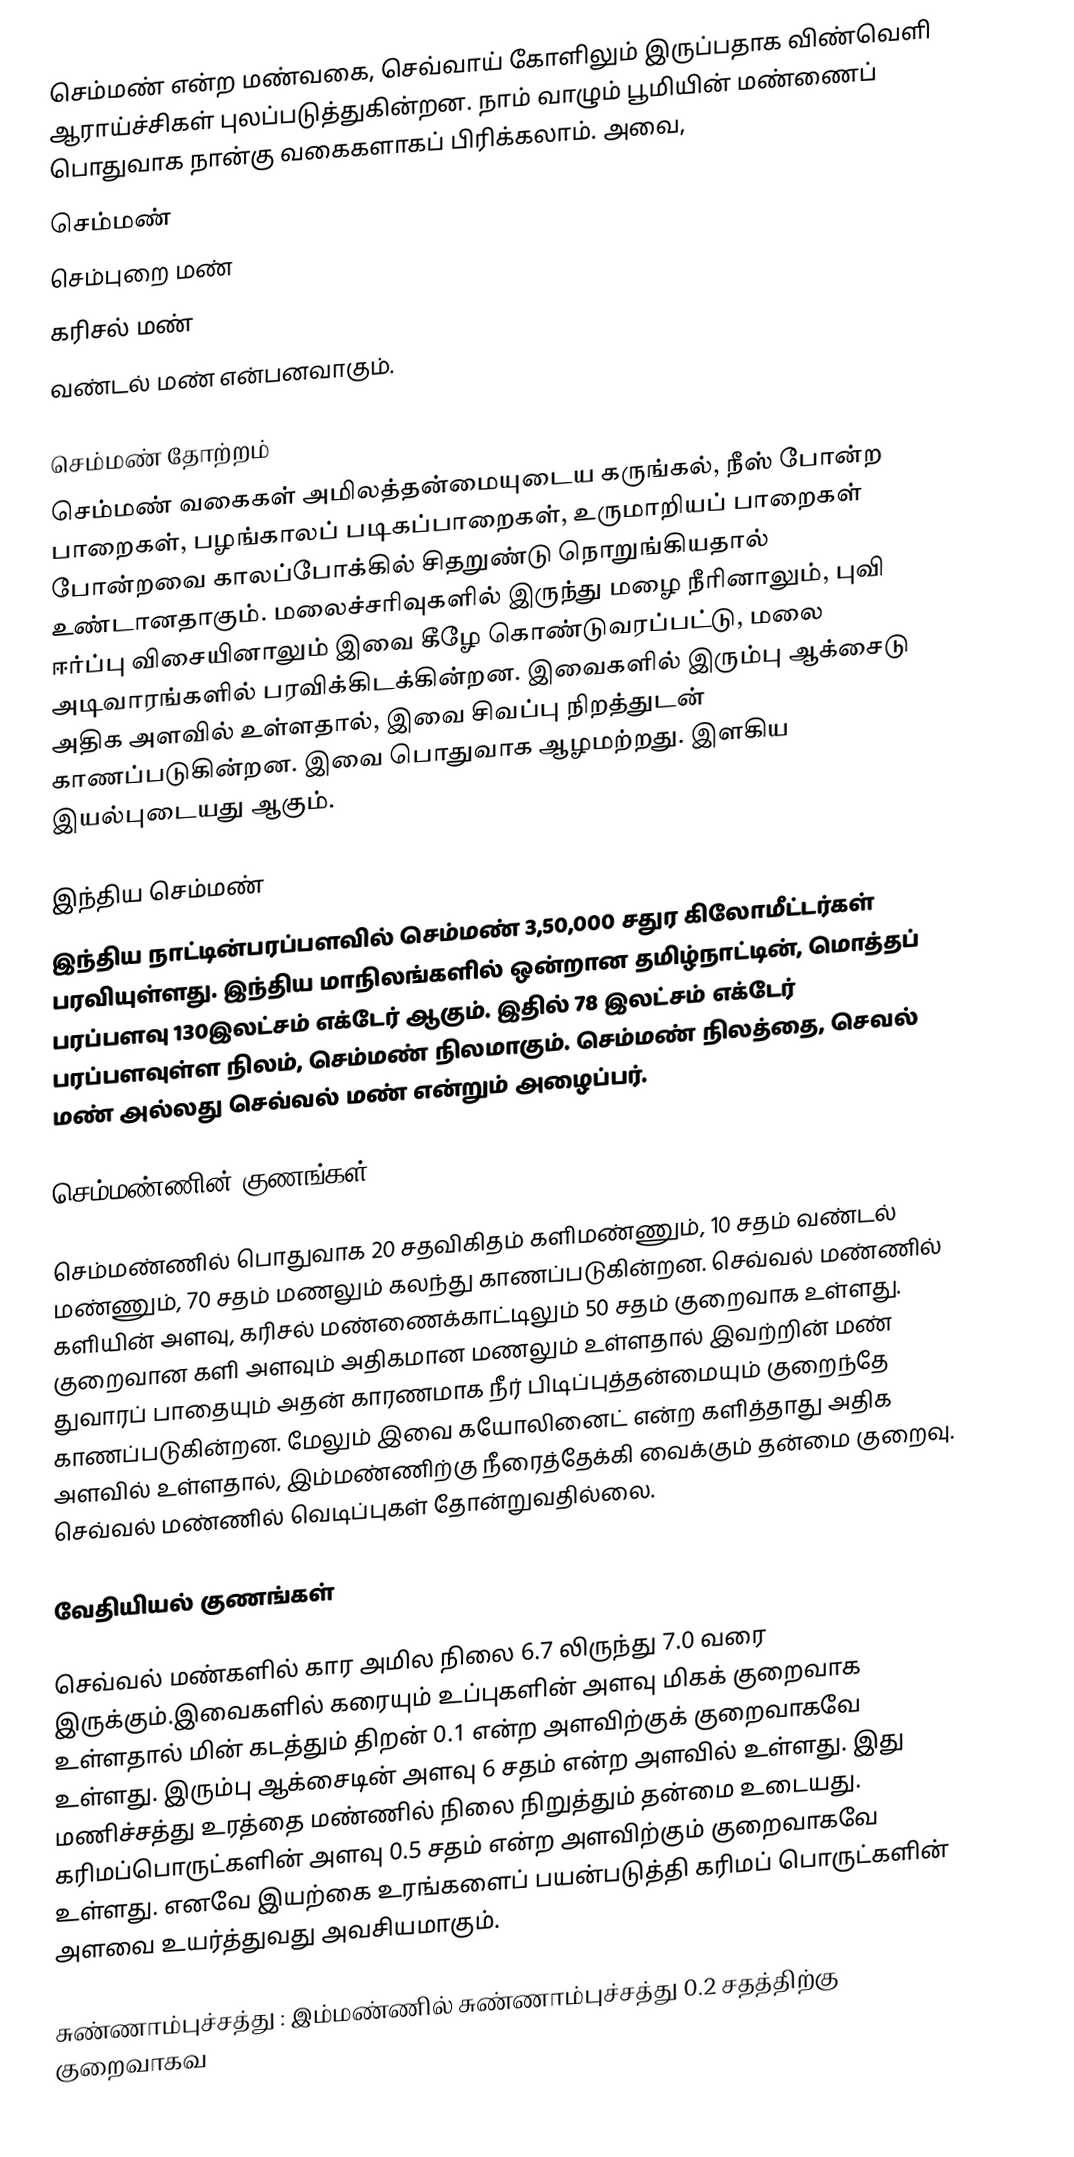
செம்மண் என்ற மண்வகை, செவ்வாய் கோளிலும் இருப்பதாக விண்வெளி ஆராய்ச்சிகள் புலப்படுத்துகின்றன. நாம் வாழும் பூமியின் மண்ணைப்  பொதுவாக நான்கு வகைகளாகப் பிரிக்கலாம். அவை,
செம்மண்
செம்புறை மண்
கரிசல் மண்
வண்டல் மண்  என்பனவாகும்.

செம்மண்  தோற்றம்
செம்மண் வகைகள் அமிலத்தன்மையுடைய கருங்கல், நீஸ் போன்ற பாறைகள், பழங்காலப் படிகப்பாறைகள், உருமாறியப் பாறைகள் போன்றவை காலப்போக்கில் சிதறுண்டு நொறுங்கியதால் உண்டானதாகும். மலைச்சரிவுகளில் இருந்து மழை நீரினாலும், புவி ஈர்ப்பு விசையினாலும் இவை கீழே கொண்டுவரப்பட்டு, மலை அடிவாரங்களில் பரவிக்கிடக்கின்றன. இவைகளில் இரும்பு ஆக்சைடு அதிக அளவில் உள்ளதால், இவை சிவப்பு நிறத்துடன் காணப்படுகின்றன. இவை பொதுவாக ஆழமற்றது. இளகிய இயல்புடையது ஆகும்.

இந்திய செம்மண்
இந்திய நாட்டின்பரப்பளவில் செம்மண் 3,50,000 சதுர கிலோமீட்டர்கள் பரவியுள்ளது. இந்திய மாநிலங்களில் ஒன்றான தமிழ்நாட்டின், மொத்தப் பரப்பளவு 130இலட்சம் எக்டேர் ஆகும். இதில் 78 இலட்சம் எக்டேர் பரப்பளவுள்ள நிலம், செம்மண் நிலமாகும். செம்மண் நிலத்தை, செவல் மண் அல்லது செவ்வல் மண்  என்றும் அழைப்பர்.

செம்மண்ணின் குணங்கள்

செம்மண்ணில் பொதுவாக 20 சதவிகிதம் களிமண்ணும், 10 சதம் வண்டல் மண்ணும், 70 சதம் மணலும் கலந்து காணப்படுகின்றன. செவ்வல் மண்ணில் களியின் அளவு, கரிசல் மண்ணைக்காட்டிலும் 50 சதம் குறைவாக உள்ளது. குறைவான களி அளவும் அதிகமான மணலும் உள்ளதால் இவற்றின் மண் துவாரப் பாதையும் அதன் காரணமாக நீர் பிடிப்புத்தன்மையும் குறைந்தே காணப்படுகின்றன. மேலும் இவை கயோலினைட் என்ற களித்தாது அதிக அளவில் உள்ளதால், இம்மண்ணிற்கு நீரைத்தேக்கி வைக்கும் தன்மை குறைவு. செவ்வல் மண்ணில் வெடிப்புகள் தோன்றுவதில்லை.

வேதியியல் குணங்கள்

செவ்வல் மண்களில் கார அமில நிலை 6.7 லிருந்து 7.0 வரை இருக்கும்.இவைகளில் கரையும் உப்புகளின் அளவு மிகக் குறைவாக உள்ளதால் மின் கடத்தும் திறன் 0.1 என்ற அளவிற்குக் குறைவாகவே உள்ளது. இரும்பு ஆக்சைடின் அளவு 6 சதம் என்ற அளவில் உள்ளது. இது மணிச்சத்து உரத்தை மண்ணில்  நிலை நிறுத்தும் தன்மை உடையது. கரிமப்பொருட்களின் அளவு 0.5 சதம் என்ற அளவிற்கும் குறைவாகவே உள்ளது. எனவே இயற்கை உரங்களைப் பயன்படுத்தி கரிமப் பொருட்களின் அளவை உயர்த்துவது அவசியமாகும்.

 சுண்ணாம்புச்சத்து : இம்மண்ணில் சுண்ணாம்புச்சத்து 0.2 சதத்திற்கு குறைவாகவ